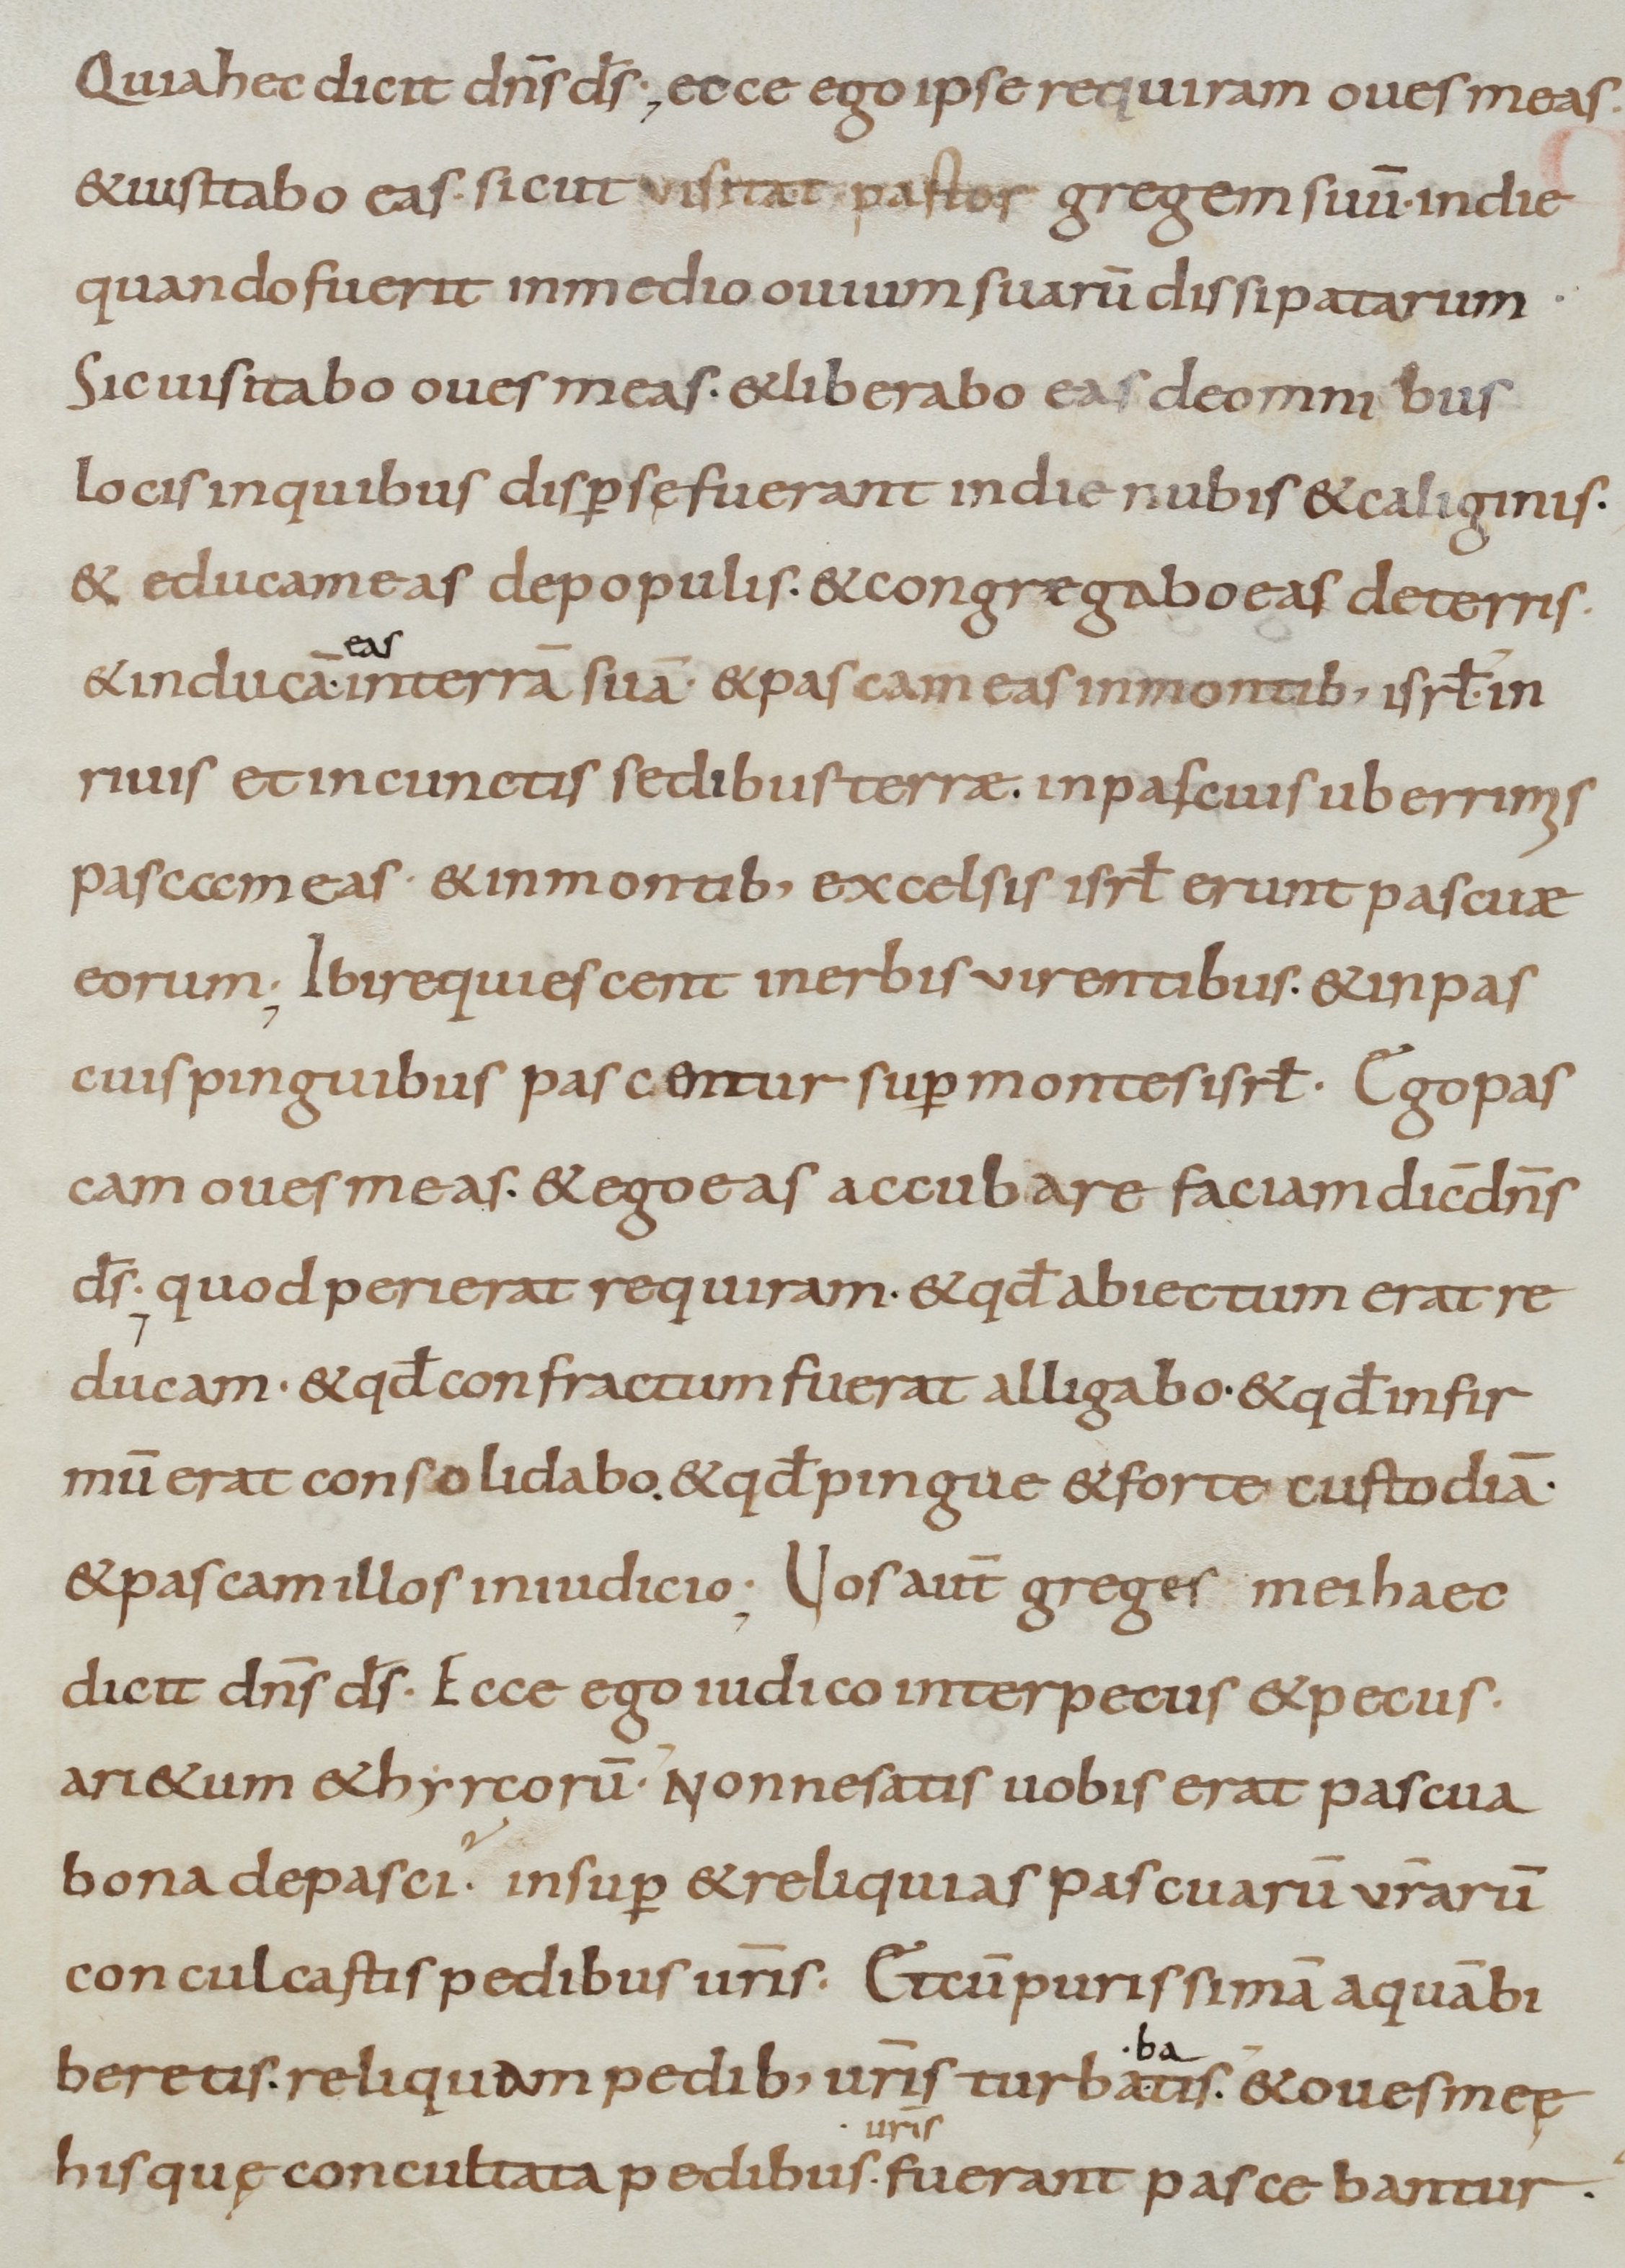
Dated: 800–899